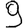
Digit: 9